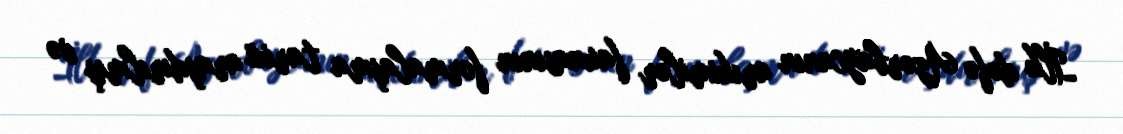
İlk dəfə Azərbaycanın arıkimilər faunasının formalaşma tarixi araşdırılmış və